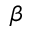
\beta